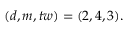
( d , m , t w ) = ( 2 , 4 , 3 ) .